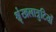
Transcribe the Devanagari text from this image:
श्रृंखलात्रुटियों